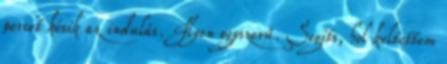
percet késik az indulás. Ilyen egyszerű. Segíts, hol keltettem